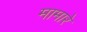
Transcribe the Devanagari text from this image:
मामारे